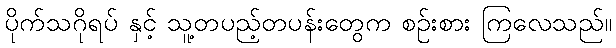
ပိုက်သဂိုရပ် နှင့် သူ့တပည့်တပန်းတွေက စဉ်းစား ကြလေသည်။